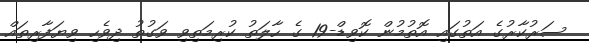
ސަރުކާރުގެ އަތުގައި އޮތުމުން ކޮވިޑް-19 ގެ ހާލަތު ކުރިމަތިވި ވަގުތު ދިވެހި ވިޔަފާރިތައް